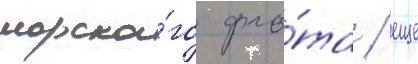
морско́го фло́та / еще